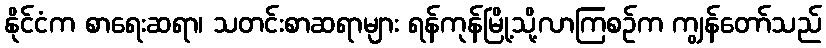
နိုင်ငံက စာရေးဆရာ၊ သတင်းစာဆရာများ ရန်ကုန်မြို့သို့လာကြစဉ်က ကျွန်တော်သည်